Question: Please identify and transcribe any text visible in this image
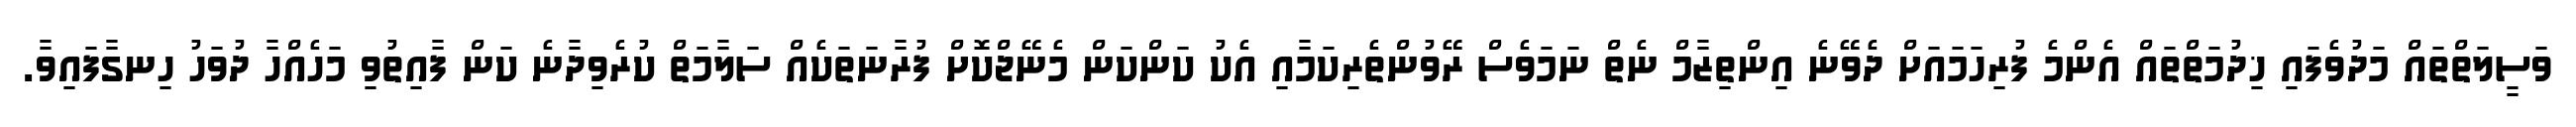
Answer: ވަސީލަތްތައް މަދުވެފައި ޚިދުމަތްތައް އެންމެ ފުރިހަމައަށް ދެވޭނެ އިންތިޒާމް ނެތް ނަމަވެސް ރޭވުންތެރިކަމާއި އެކު ކަންކަން މެނޭޖްކޮށް ފުރާނަތަކެއް ސަލާމަތް ކުރެވިދާނެ ކަން ފާއިތުވި މަހެއްހާ ދުވަހު ހިނގާފައިވާ.